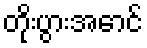
တိုးပွားအောင်